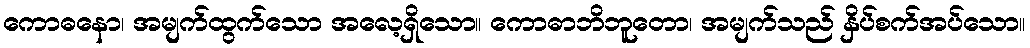
ကောဓနော၊ အမျက်ထွက်သော အလေ့ရှိသော။ ကောဓာဘိဘူတော၊ အမျက်သည် နှိပ်စက်အပ်သော။